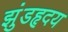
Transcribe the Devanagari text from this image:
झुंडहृदय